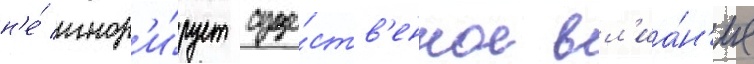
н'е́ игнор'и́рует суще́ств'енное вл'иа́н'ие